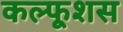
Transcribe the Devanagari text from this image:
कल्फूशस